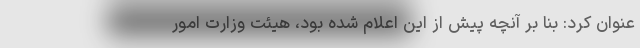
عنوان کرد: بنا بر آنچه پیش از این اعلام شده بود، هیئت وزارت امور